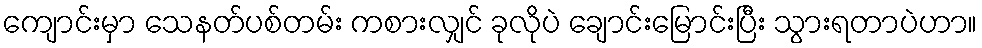
ကျောင်းမှာ သေနတ်ပစ်တမ်း ကစားလျှင် ခုလိုပဲ ချောင်းမြောင်းပြီး သွားရတာပဲဟာ။